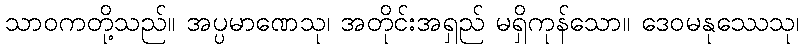
သာဝကတို့သည်။ အပ္ပမာဏေသု၊ အတိုင်းအရှည် မရှိကုန်သော။ ဒေဝမနုဿေသု၊